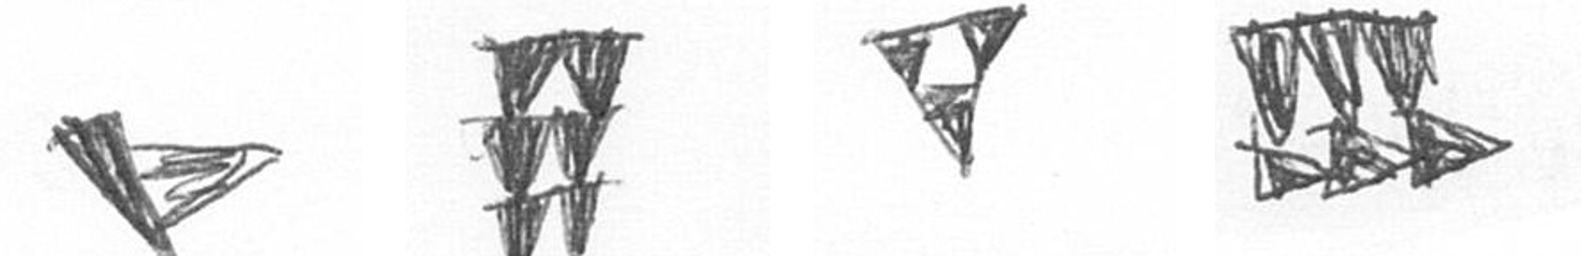
F Y S D